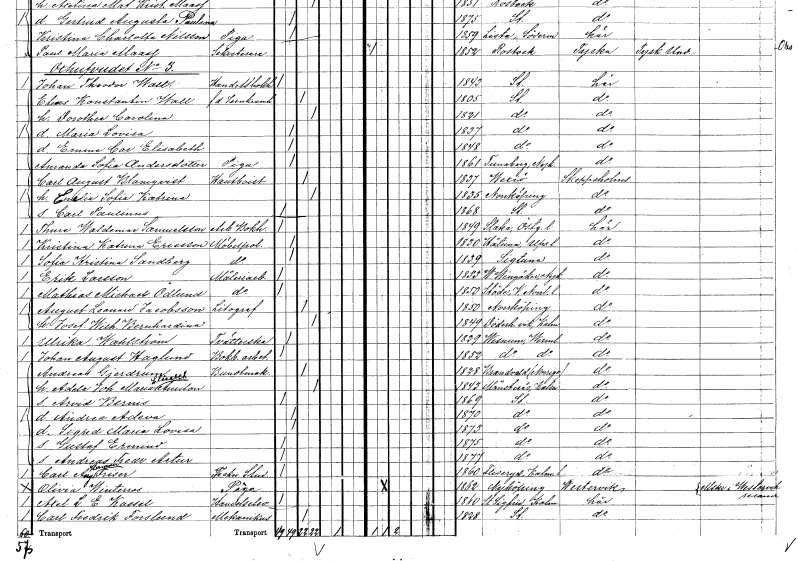
gt_parse: households: individuals: FN: Emelia Sofia Katrina
KON: K
CIV: G
FODAR: 1835
FODFORS: Norrköping Östergötlands län
FN: Carl Paulinus
KON: M
CIV: O
FODAR: 1868
FODFORS: Stockholm
FN: Thure Waldemar
EN: Samuelsson
YRKE: Arbetare Bokhållare
KON: M
CIV: O
FODAR: 1849
FODFORS: Slaka Östergötlands län
FN: Kristina Katrina
EN: Ericsson
YRKE: Möbelpolererska
KON: K
CIV: O
FODAR: 1830
FODFORS: Håtuna Stockholms län
FN: Sofia Kristina
EN: Sandberg
YRKE: Möbelpolererska
KON: K
CIV: O
FODAR: 1839
FODFORS: Sigtuna Stockholms län
FN: Erik
EN: Larsson
YRKE: Måleriarbetare
KON: M
CIV: O
FODAR: 1853
FODFORS: Västra Vingåker Södermanlands län
FN: Mathias Michael
EN: Ödlund
YRKE: Måleriarbetare
KON: M
CIV: O
FODAR: 1850
FODFORS: Stöde Västernorrlands län
FN: August Leonard
EN: Jacobsson
YRKE: Litograf
KON: M
CIV: G
FODAR: 1850
FODFORS: Norrköping Östergötlands län
FN: Josefina Wilhelmina Bernhardina
KON: K
CIV: G
FODAR: 1849
FODFORS: Döderhult Kalmar län
FN: Ulrika
EN: Wahlström
YRKE: Tvätterska
KON: K
CIV: O
FODAR: 1829
FODFORS: Visnum Värmlands län
FN: Johan August
EN: Haglund
YRKE: Bokbinderiarbetare
KON: M
CIV: O
FODAR: 1852
FODFORS: Visnum Värmlands län
FN: Andreas
EN: Gjerdrum
YRKE: Buntmakare
KON: M
CIV: G
FODAR: 1828
FN: Adela Johanna Maria Elisabet
EN: Amilon
KON: K
CIV: G
FODAR: 1843
FODFORS: Mönsterås Kalmar län
FN: Arvid Bernis
KON: M
CIV: O
FODAR: 1869
FODFORS: Stockholm
FN: Andrea Adeva
KON: K
CIV: O
FODAR: 1870
FODFORS: Stockholm
FN: Sigrid Maria Lovisa
KON: K
CIV: O
FODAR: 1873
FODFORS: Stockholm
FN: Gustaf Ermind
KON: M
CIV: O
FODAR: 1875
FODFORS: Stockholm
FN: Andreas Fredrik Artur
KON: M
CIV: O
FODAR: 1877
FODFORS: Stockholm
FN: Carl August Herman
EN: Friser
YRKE: Teknisk stud
KON: M
CIV: O
FODAR: 1860
FODFORS: Fliseryd Kalmar län
FN: Olivia
EN: Winterros
YRKE: Piga
KON: K
CIV: O
FODAR: 1862
FODFORS: Nyköping Södermanlands län
FN: Axel L. E.
EN: Kasell
YRKE: Handelselev
KON: M
CIV: O
FODAR: 1860
FODFORS: Sankt Sigfrid Kalmar län
FN: Carl Fredrik
EN: Forslund
YRKE: Mekanikus
KON: M
CIV: G
FODAR: 1828
FODFORS: Stockholm